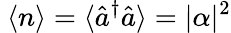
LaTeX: ~\langle n\rangle=\langle{\hat{a}}^{\dagger}{\hat{a}}\rangle=|\alpha|^{2}